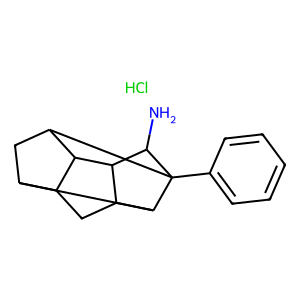
SMILES: Cl.NC1C2C3CC4C5CC(C42)C1(c1ccccc1)C53
Inhibits HIV replication: No